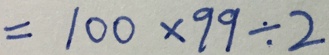
= 1 0 0 \times 9 9 \div 2